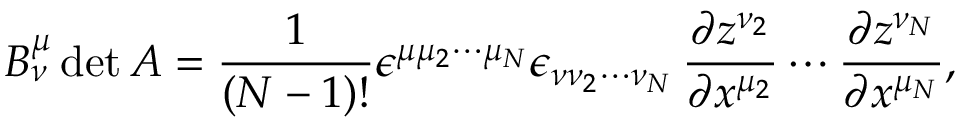
B _ { \nu } ^ { \mu } \operatorname * { d e t } A = { \frac { 1 } { ( N - 1 ) ! } } \epsilon ^ { \mu \mu _ { 2 } \cdots \mu _ { N } } \epsilon _ { \nu \nu _ { 2 } \cdots \nu _ { N } } \, { \frac { \partial z ^ { \nu _ { 2 } } } { \partial x ^ { \mu _ { 2 } } } } \cdots { \frac { \partial z ^ { \nu _ { N } } } { \partial x ^ { \mu _ { N } } } } ,